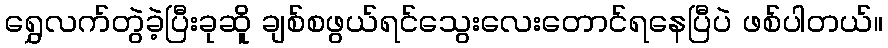
ရွှေလက်တွဲခဲ့ပြီးခုဆိူ ချစ်စဖွယ်ရင်သွေးလေးတောင်ရနေပြီပဲ ဖစ်ပါတယ်။